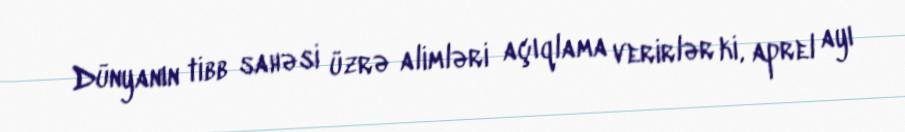
Dünyanın tibb sahəsi üzrə alimləri açıqlama verirlər ki, aprel ayı